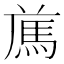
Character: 𩢁